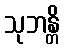
သုဘန္တိ